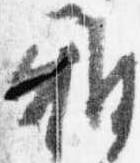
雅